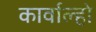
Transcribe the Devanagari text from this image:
कार्वाल्हो